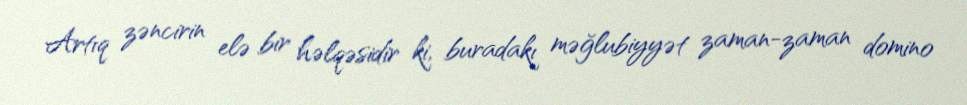
Artıq zəncirin elə bir həlqəsidir ki, buradakı məğlubiyyət zaman-zaman domino